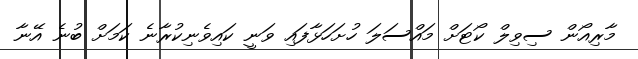
މާރިއޯން ސިވިލް ކޯޓަށް މައްސަލަ ހުށަހަޅާފައި ވަނީ ކައިވެނިކުރާނެ ކަމަށް ބުނެ އޭނާ